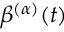
\beta ^ { ( \alpha ) } ( t )